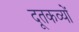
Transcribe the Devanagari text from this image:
दूतकव्यों